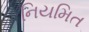
નિયમિત